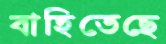
বাহিতেছে